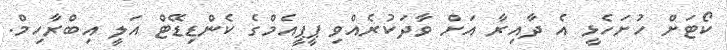
ކޯޓަށް ހުށަހެޅީ އެ ދާއިރާ އަށް ވާދަކުރެއްވި ޕީޕީއެމްގެ ކެންޑިޑޭޓް އަލީ އިބްރާހިމް.